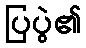
ပြပွဲ၏